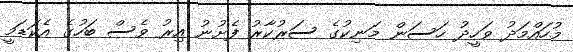
މުހައްމަދު ވަހީދު ހަސަން މަނިކުގެ ސަރުކާރު ފެށުނު އިރު ވެސް ބަހުގެ އެކަޑަމީ